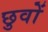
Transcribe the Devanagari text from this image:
छुवों